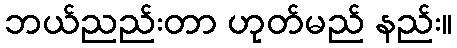
ဘယ်ညည်းတာ ဟုတ်မည် နည်း။